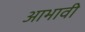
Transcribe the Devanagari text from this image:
आभावी